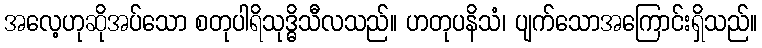
အလေ့ဟုဆိုအပ်သော စတုပါရိသုဒ္ဓိသီလသည်။ ဟတုပနိသံ၊ ပျက်သောအကြောင်းရှိသည်။